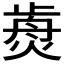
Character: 𤌺